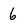
Character: 6